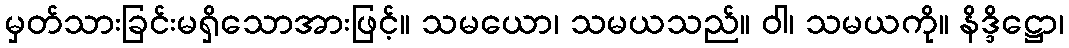
မှတ်သားခြင်းမရှိသောအားဖြင့်။ သမယော၊ သမယသည်။ ဝါ၊ သမယကို။ နိဒ္ဒိဋ္ဌော၊